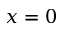
x = 0